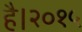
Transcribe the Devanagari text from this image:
है।२०१५